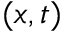
( x , t )